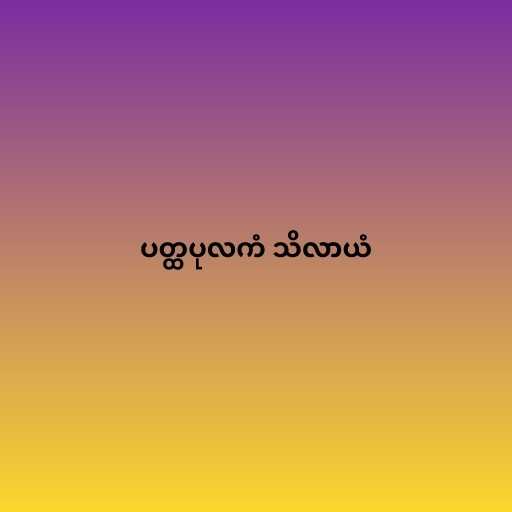
ပတ္ထပုလကံ သိလာယံ